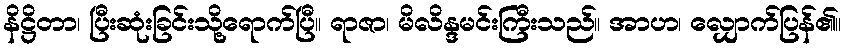
နိဋ္ဌိတာ၊ ပြီးဆုံးခြင်းသို့ရောက်ပြီ။ ရာဇာ၊ မိလိန္ဒမင်းကြီးသည်။ အာဟ၊ လျှောက်ပြန်၏။